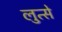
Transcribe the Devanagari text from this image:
लुत्से